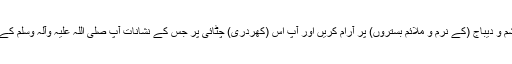
قیصر و کسریٰ ریشم و دیباج (کے نرم و ملائم بستروں) پر آرام کریں اور آپ اس (کھردری) چٹائی پر جس کے نشانات آپ صلی اللہ علیہ وآلہ وسلم کے پہلو پر نمایاں ہیں۔